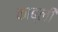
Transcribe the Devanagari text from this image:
काब्ली